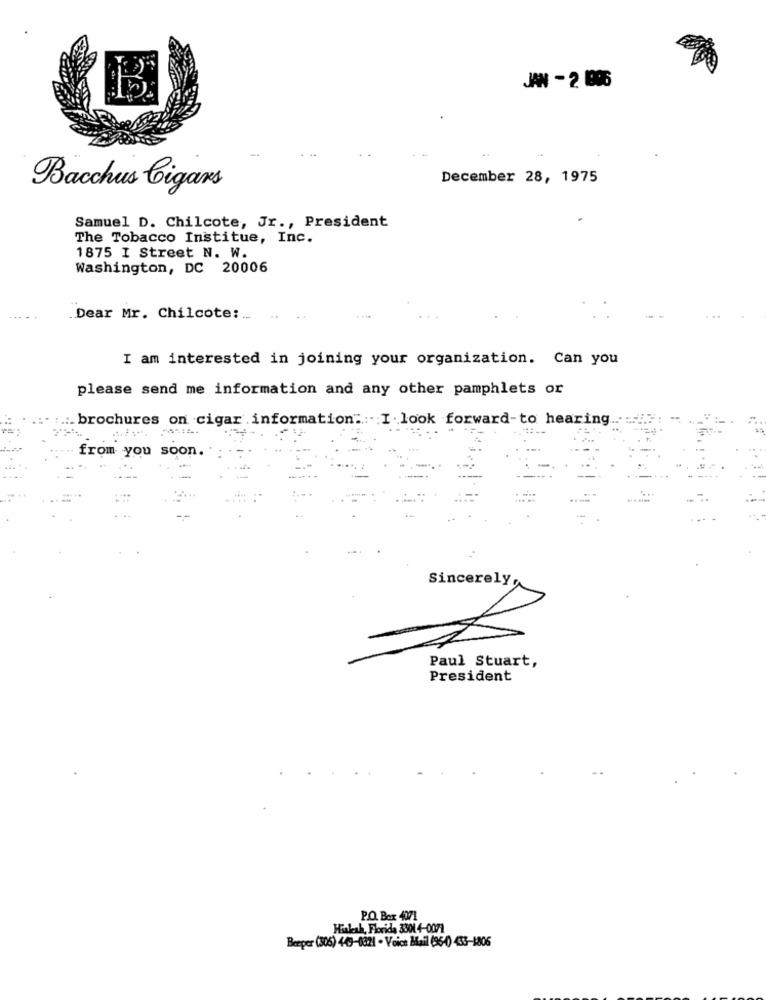
JAN - 2 1896
December 28, 1975
Bacchus Cigars
Samuel D. Chilcote, Jr ., President
The Tobacco Institue, Inc.
1875 I Street N. W.
Washington, DC 20006
Dear Mr. Chilcote: ..
I am interested in joining your organization. Can you
please send me information and any other pamphlets or
:. brochures on cigar information. I look forward-to hearing
from you soon.
Sincerely,
Paul Stuart,
President
P.O. Box 4071
Hialeah, Florida 3301 4-0071
Beeper (306) 449-0821 - Voice Mail (96-4) 433-1806